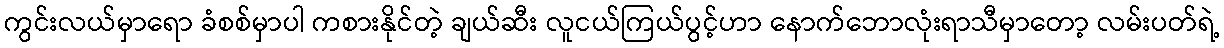
ကွင်းလယ်မှာရော ခံစစ်မှာပါ ကစားနိုင်တဲ့ ချယ်ဆီး လူငယ်ကြယ်ပွင့်ဟာ နောက်ဘောလုံးရာသီမှာတော့ လမ်းပတ်ရဲ့